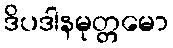
ဒိပဒါနမုတ္တမော